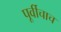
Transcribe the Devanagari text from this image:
पूर्वीचाच